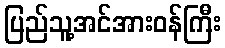
ပြည်သူ့အင်အားဝန်ကြီး